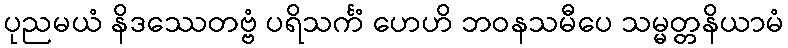
ပုညမယံ နိဒဿေတဗ္ဗံ ပရိသင်္ကံ ဟေဟိ ဘဝနသမီပေ သမ္မတ္တနိယာမံ